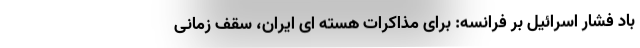
باد فشار اسرائیل بر فرانسه: برای مذاکرات هسته ای ایران، سقف زمانی